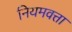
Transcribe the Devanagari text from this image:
नियमवत्ता